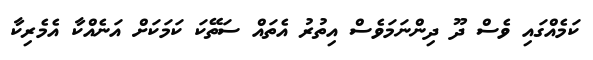
ކަމެއްގައި ވެސް ދޫ ދިންނަމަވެސް އިތުރު އެތައް ސަތޭކަ ކަމަކަށް އަނެއްކާ އެމެރިކާ